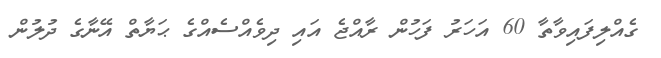
ގެއްލިފައިވާތާ 60 އަހަރު ފަހުން ރާއްޖެ އައި ދިވެއްސެއްގެ ޙަޔާތް އޭނާގެ ދުލުން